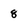
Character: 8